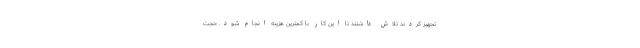
تجهیز کردند تلاش داشتند تا این کار با کمترین هزینه انجام شود. حجت